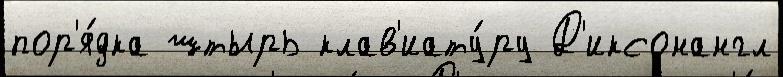
пор'я́дка штырь клав'иату́ру Д'иксонангл